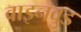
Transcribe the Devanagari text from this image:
वाइनवुड